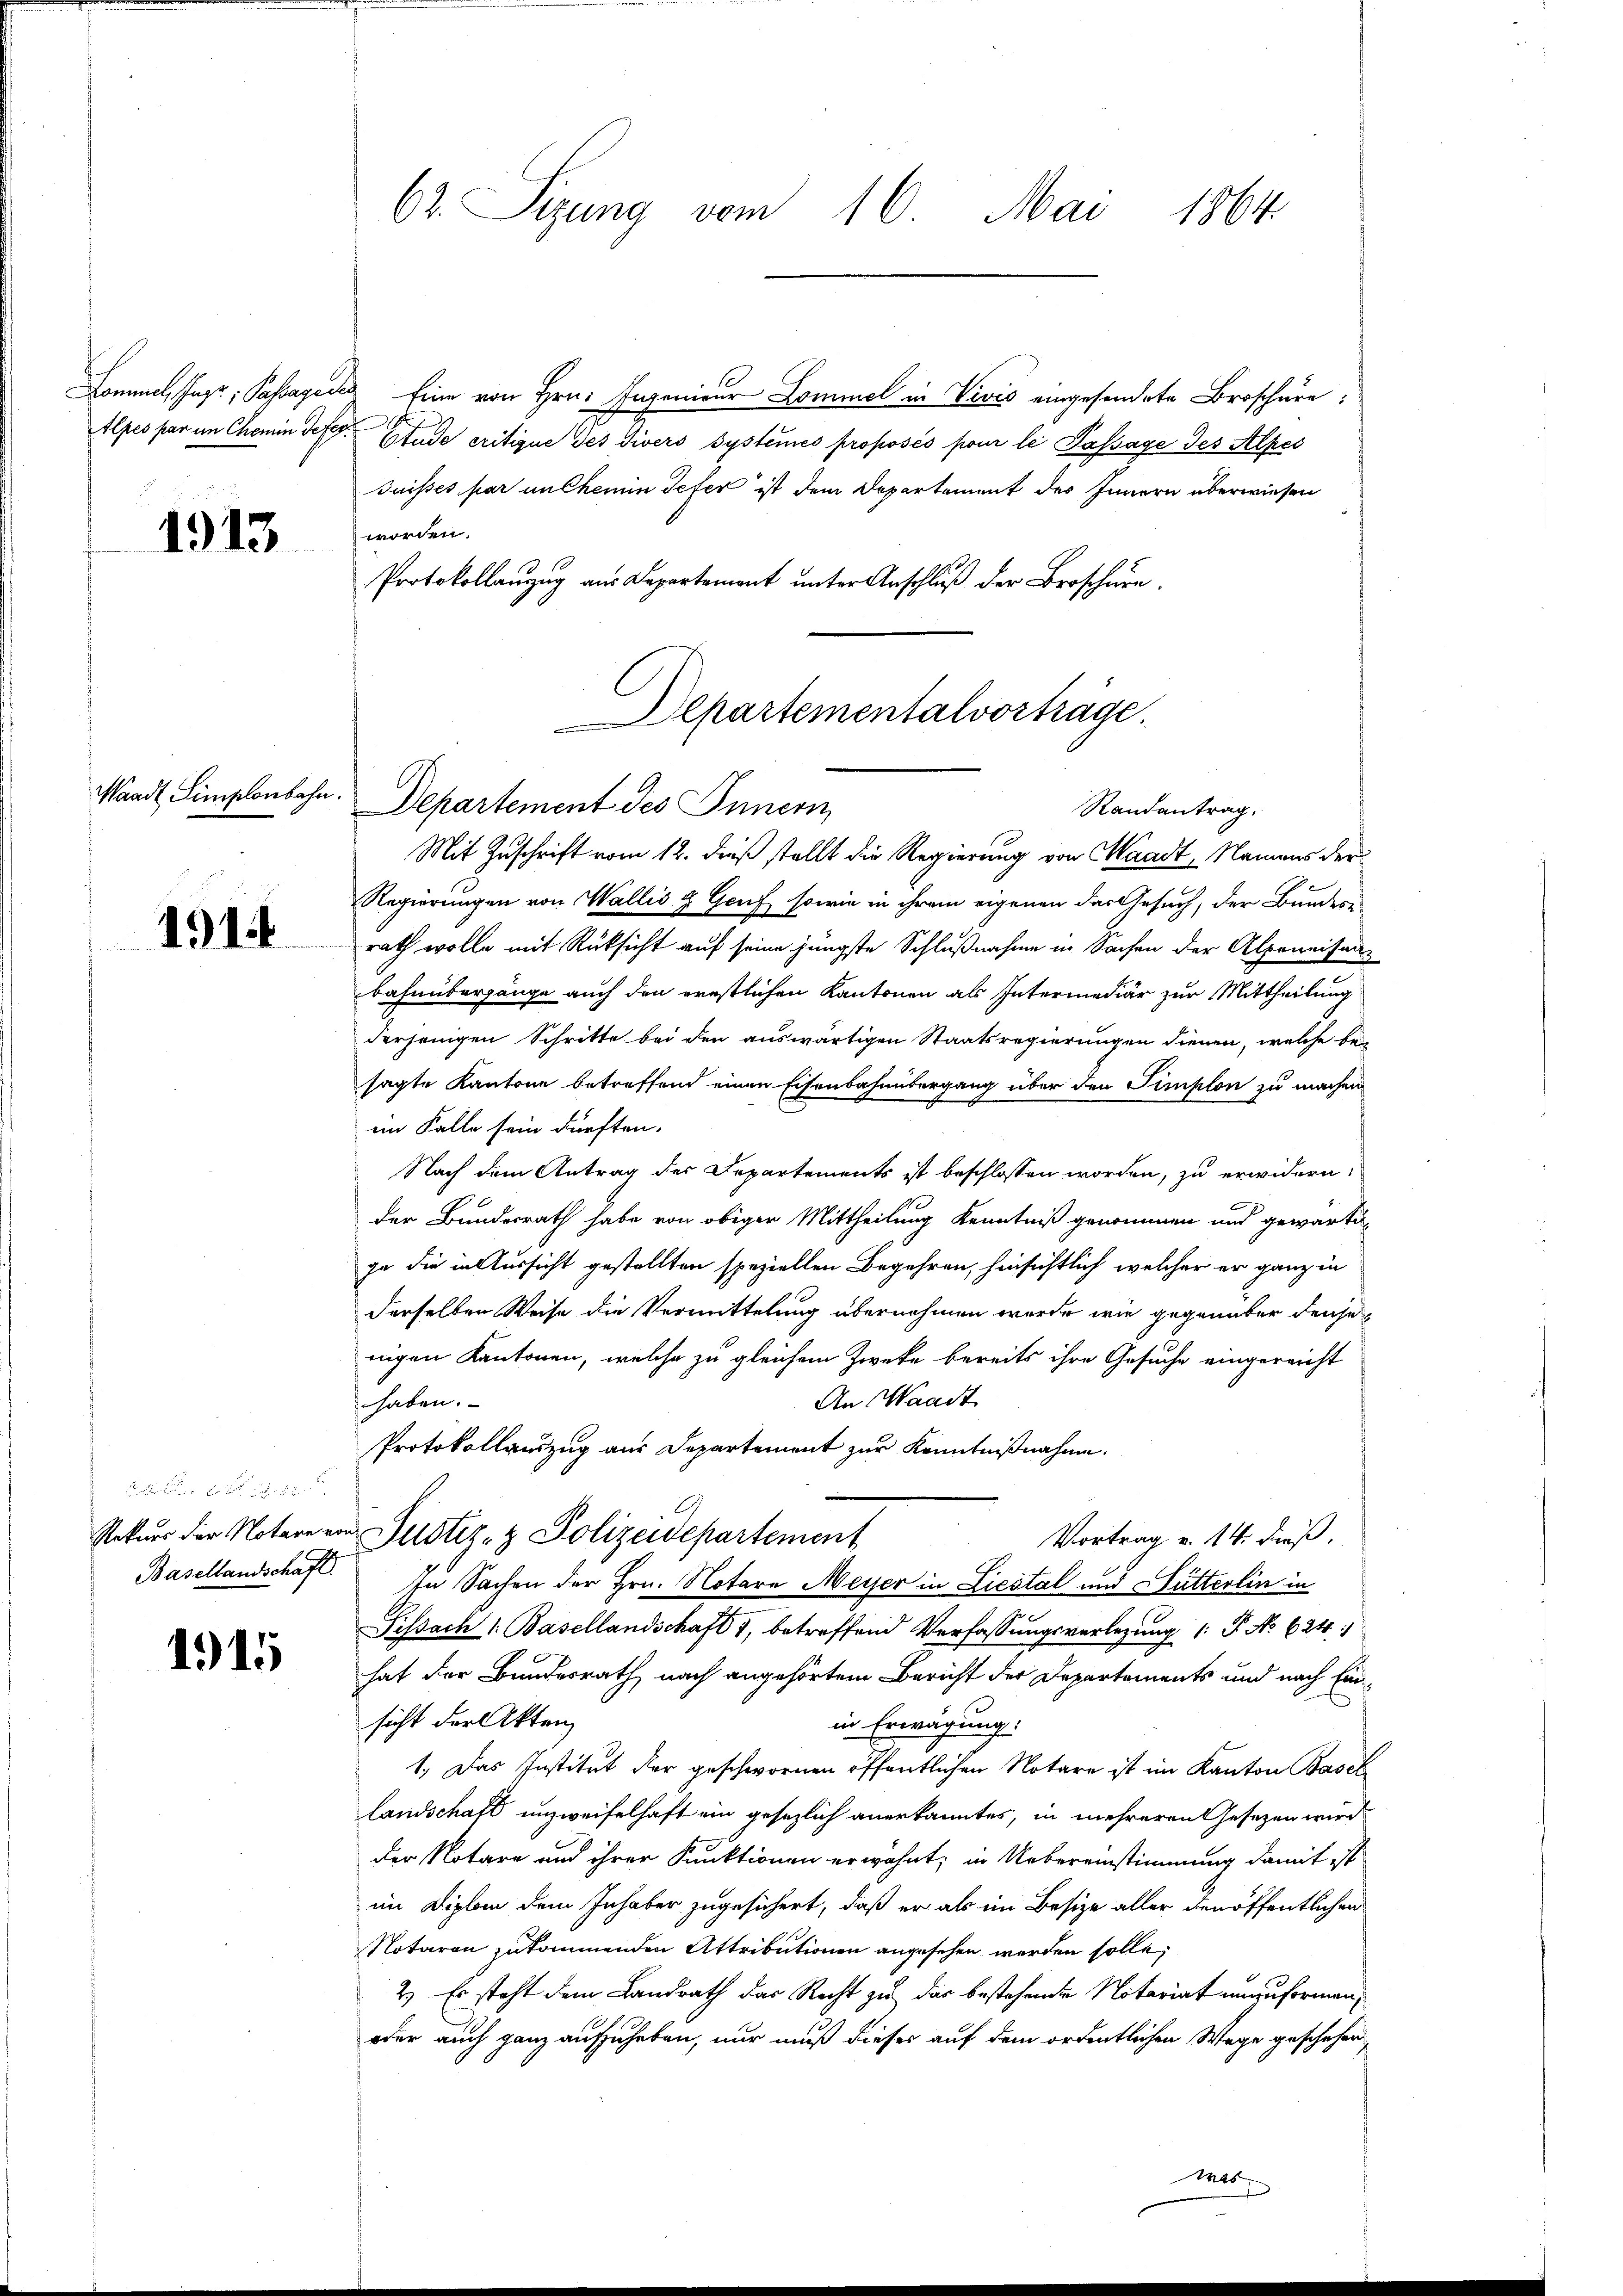
Lommel, Page; Sassage
Alpes par im Chemin Tex

1913

Waadt Simplenbahn.

1914

f 9 x
Basellandschaft.

1915

62. Sitzung vom 16. Mai 1864.

Eine von Hrn. Ingenieur Kommel in Veves eingesendete Broschüre,
Etude eritique des Tiers systèmes proposés pour le Passage des Alpes
Suisses par unehemmin Jefer ist dem Departement des Innern überwiesen
worden.
Protokollanzug aus Departement unter Anschluß der Broschurn,
Departementalvorträge

Departement des Innern,
Randantrag.

Mit Zuschrift vom 12. dieß stellt die Regierung von Waadt, Namens der
Regierungen von Wallis & Genf, sowie in ihrem eigenen das Gesuch, der Bundern
rath wolle mit Rücksicht auf seine jüngste Schlußnahme in Sachen der Alpeneisau
bahnübergange auch den ernstlichen Kantonen als Intermediär zur Mittheilung
derjenigen Schritte bei den auswärtigen Staatsregierungen dienen, welche be-
sagte Kantone betreffend einen Eisenbahnübergang über den Simplon zu machen
im Falle sein dürften.
Nach dem Antrag der Departements ist beschlossen worden, zu erwidern:
der Bundesrath habe von obiger Mittheilung Kenntniß genommen und gewartege die in Aussicht gestellten speziellen Begehren, hinsichtlich welcher er ganz in
derselben Weise die Vermittelung übernehmen wurde, wie gegenüber dense
nigen Kantonen, welche zu gleichem Zweke bereits ihre Gesuche eingereicht
An Waadt
haben.
Protokollauszug aus Departement zur Kenntnißnahme.
Rekurs der Notare von Justiz- & Polizeidepartement
Vortrag u. 14. dieß.
In Sachen der Hrn. Notare Meiser in Liestal und Hütterlin in
Sissach 1. Basellandschaft 1, betreffend Verfassungsverlegung (: P. No 624.
hat der Bundesrath nach angehörtem Bericht der Departements und nach Ein-
sicht der Akten
in Erwägung:
1.) Das Institut der geschwornen öffentlichen Notare ist im Kanton Basel
landschaft unzweifelhaft ein gesezlich anerkanntes, in mehrerengesezen wird
der Notare und ihrer Punktionen erwähnt; in Uebereinstimmung damit ist
im Diplom dem Inhaber zugesichert, daß er als im Besize aller den öffentlichen
Notaron zukommenden Attributionen angesehen werden solle,
2.) Es steht dem Landrath das Recht zu das bestehende Notariat unzuformen,
oder auch ganz aufzuheben, nur muß dieses auf dem ordentlichen Wege geschehen,

Mit